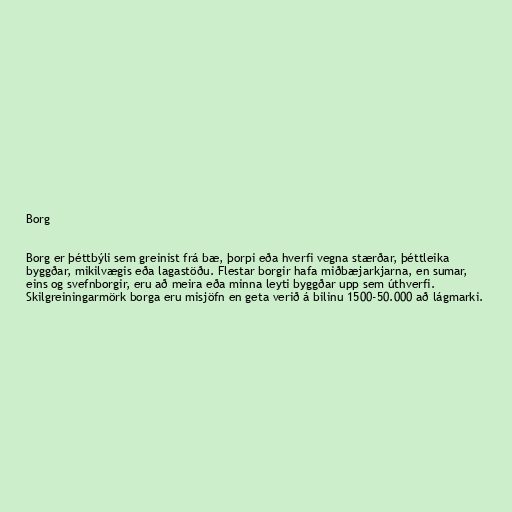
Borg

Borg er þéttbýli sem greinist frá bæ, þorpi eða hverfi vegna stærðar, þéttleika
byggðar, mikilvægis eða lagastöðu. Flestar borgir hafa miðbæjarkjarna, en sumar,
eins og svefnborgir, eru að meira eða minna leyti byggðar upp sem úthverfi.
Skilgreiningarmörk borga eru misjöfn en geta verið á bilinu 1500-50.000 að lágmarki.